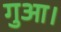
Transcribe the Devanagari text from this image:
गुआ।